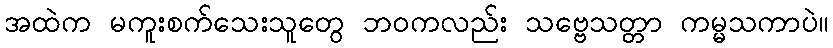
အထဲက မကူးစက်သေးသူတွေ ဘဝကလည်း သဗ္ဗေသတ္တာ ကမ္မသကာပဲ။